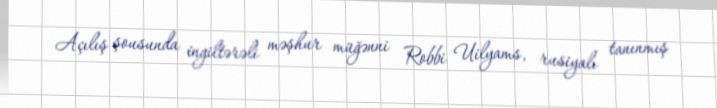
Açılış şousunda ingiltərəli məşhur müğənni Robbi Uilyams, rusiyalı tanınmış